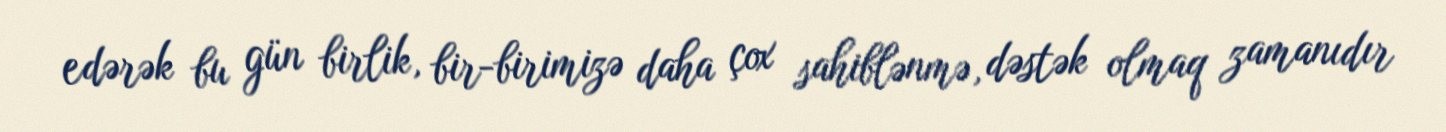
edərək bu gün birlik, bir-birimizə daha çox sahiblənmə, dəstək olmaq zamanıdır